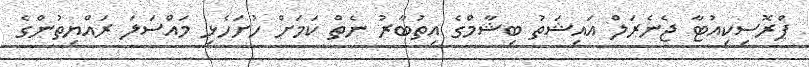
ޕްރޮސިކިއުޓާ ޖެނެރަލް އައިޝަތު ބިޝާމްގެ އިތުބާރު ނެތް ކަމަށް ހުށަހެޅި މައްސަލަ ރައްޔިތުންގެ